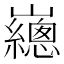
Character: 𡾳